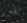
تقسم